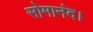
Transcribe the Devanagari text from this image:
सोमानंद।